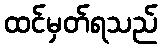
ထင်မှတ်ရသည်